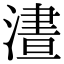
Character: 𣻱